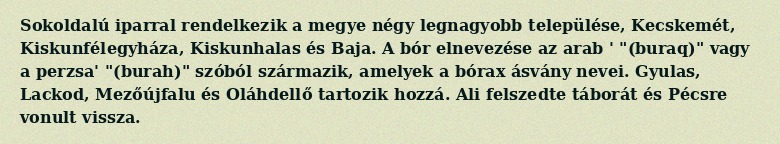
Sokoldalú iparral rendelkezik a megye négy legnagyobb települése, Kecskemét, Kiskunfélegyháza, Kiskunhalas és Baja. A bór elnevezése az arab ' "(buraq)" vagy a perzsa' "(burah)" szóból származik, amelyek a bórax ásvány nevei. Gyulas, Lackod, Mezőújfalu és Oláhdellő tartozik hozzá. Ali felszedte táborát és Pécsre vonult vissza.